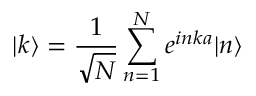
| k \rangle = { \frac { 1 } { \sqrt { N } } } \sum _ { n = 1 } ^ { N } e ^ { i n k a } | n \rangle